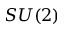
S U ( 2 )